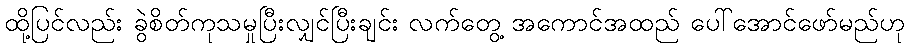
ထို့ပြင်လည်း ခွဲစိတ်ကုသမှုပြီးလျှင်ပြီးချင်း လက်တွေ့ အကောင်အထည် ပေါ်အောင်ဖော်မည်ဟု